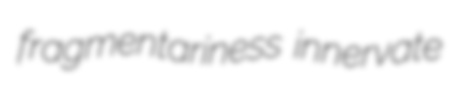
fragmentariness innervate